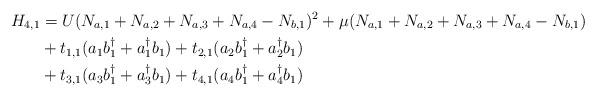
LaTeX: \begin{align*}H_{4,1} &= U(N_{a,1}+N_{a,2}+N_{a,3}+N_{a,4}-N_{b,1})^2+\mu(N_{a,1}+N_{a,2}+N_{a,3}+N_{a,4}-N_{b,1}) \\&+t_{1,1}(a_{1}b_{1}^\dagger+a_{1}^\dagger b_{1})+t_{2,1}(a_{2}b_{1}^\dagger+a_{2}^\dagger b_{1}) \\&+ t_{3,1}(a_{3}b_{1}^\dagger+a_{3}^\dagger b_{1})+t_{4,1}(a_{4}b_{1}^\dagger+a_{4}^\dagger b_{1})\end{align*}